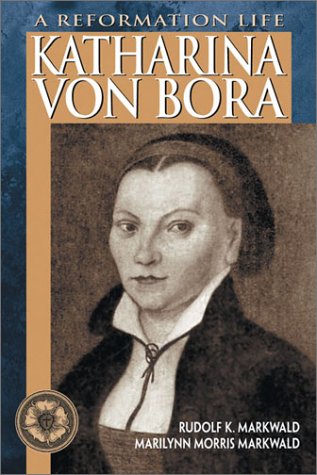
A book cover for Katharina Von Bora: A Reformation Life; Rudolf K. Markwald; Religion & Spirituality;